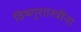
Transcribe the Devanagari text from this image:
विष्णुशास्त्रींना